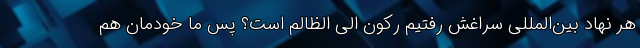
هر نهاد بین‌المللی سراغش رفتیم رکون الی الظالم است؟ پس ما خودمان هم